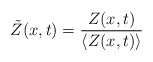
\begin{align*}\tilde{Z}(x,t) = \frac{Z(x,t)}{\langle Z(x,t)\rangle} \end{align*}